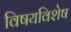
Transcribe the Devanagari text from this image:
विषयविशेष